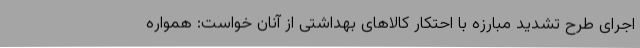
اجرای طرح تشدید مبارزه با احتکار کالاهای بهداشتی از آنان خواست: همواره